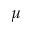
\mu